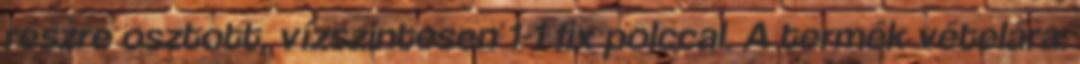
részre osztott, vízszintesen 1-1 fix polccal. A termék vételára: